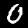
Label: 0